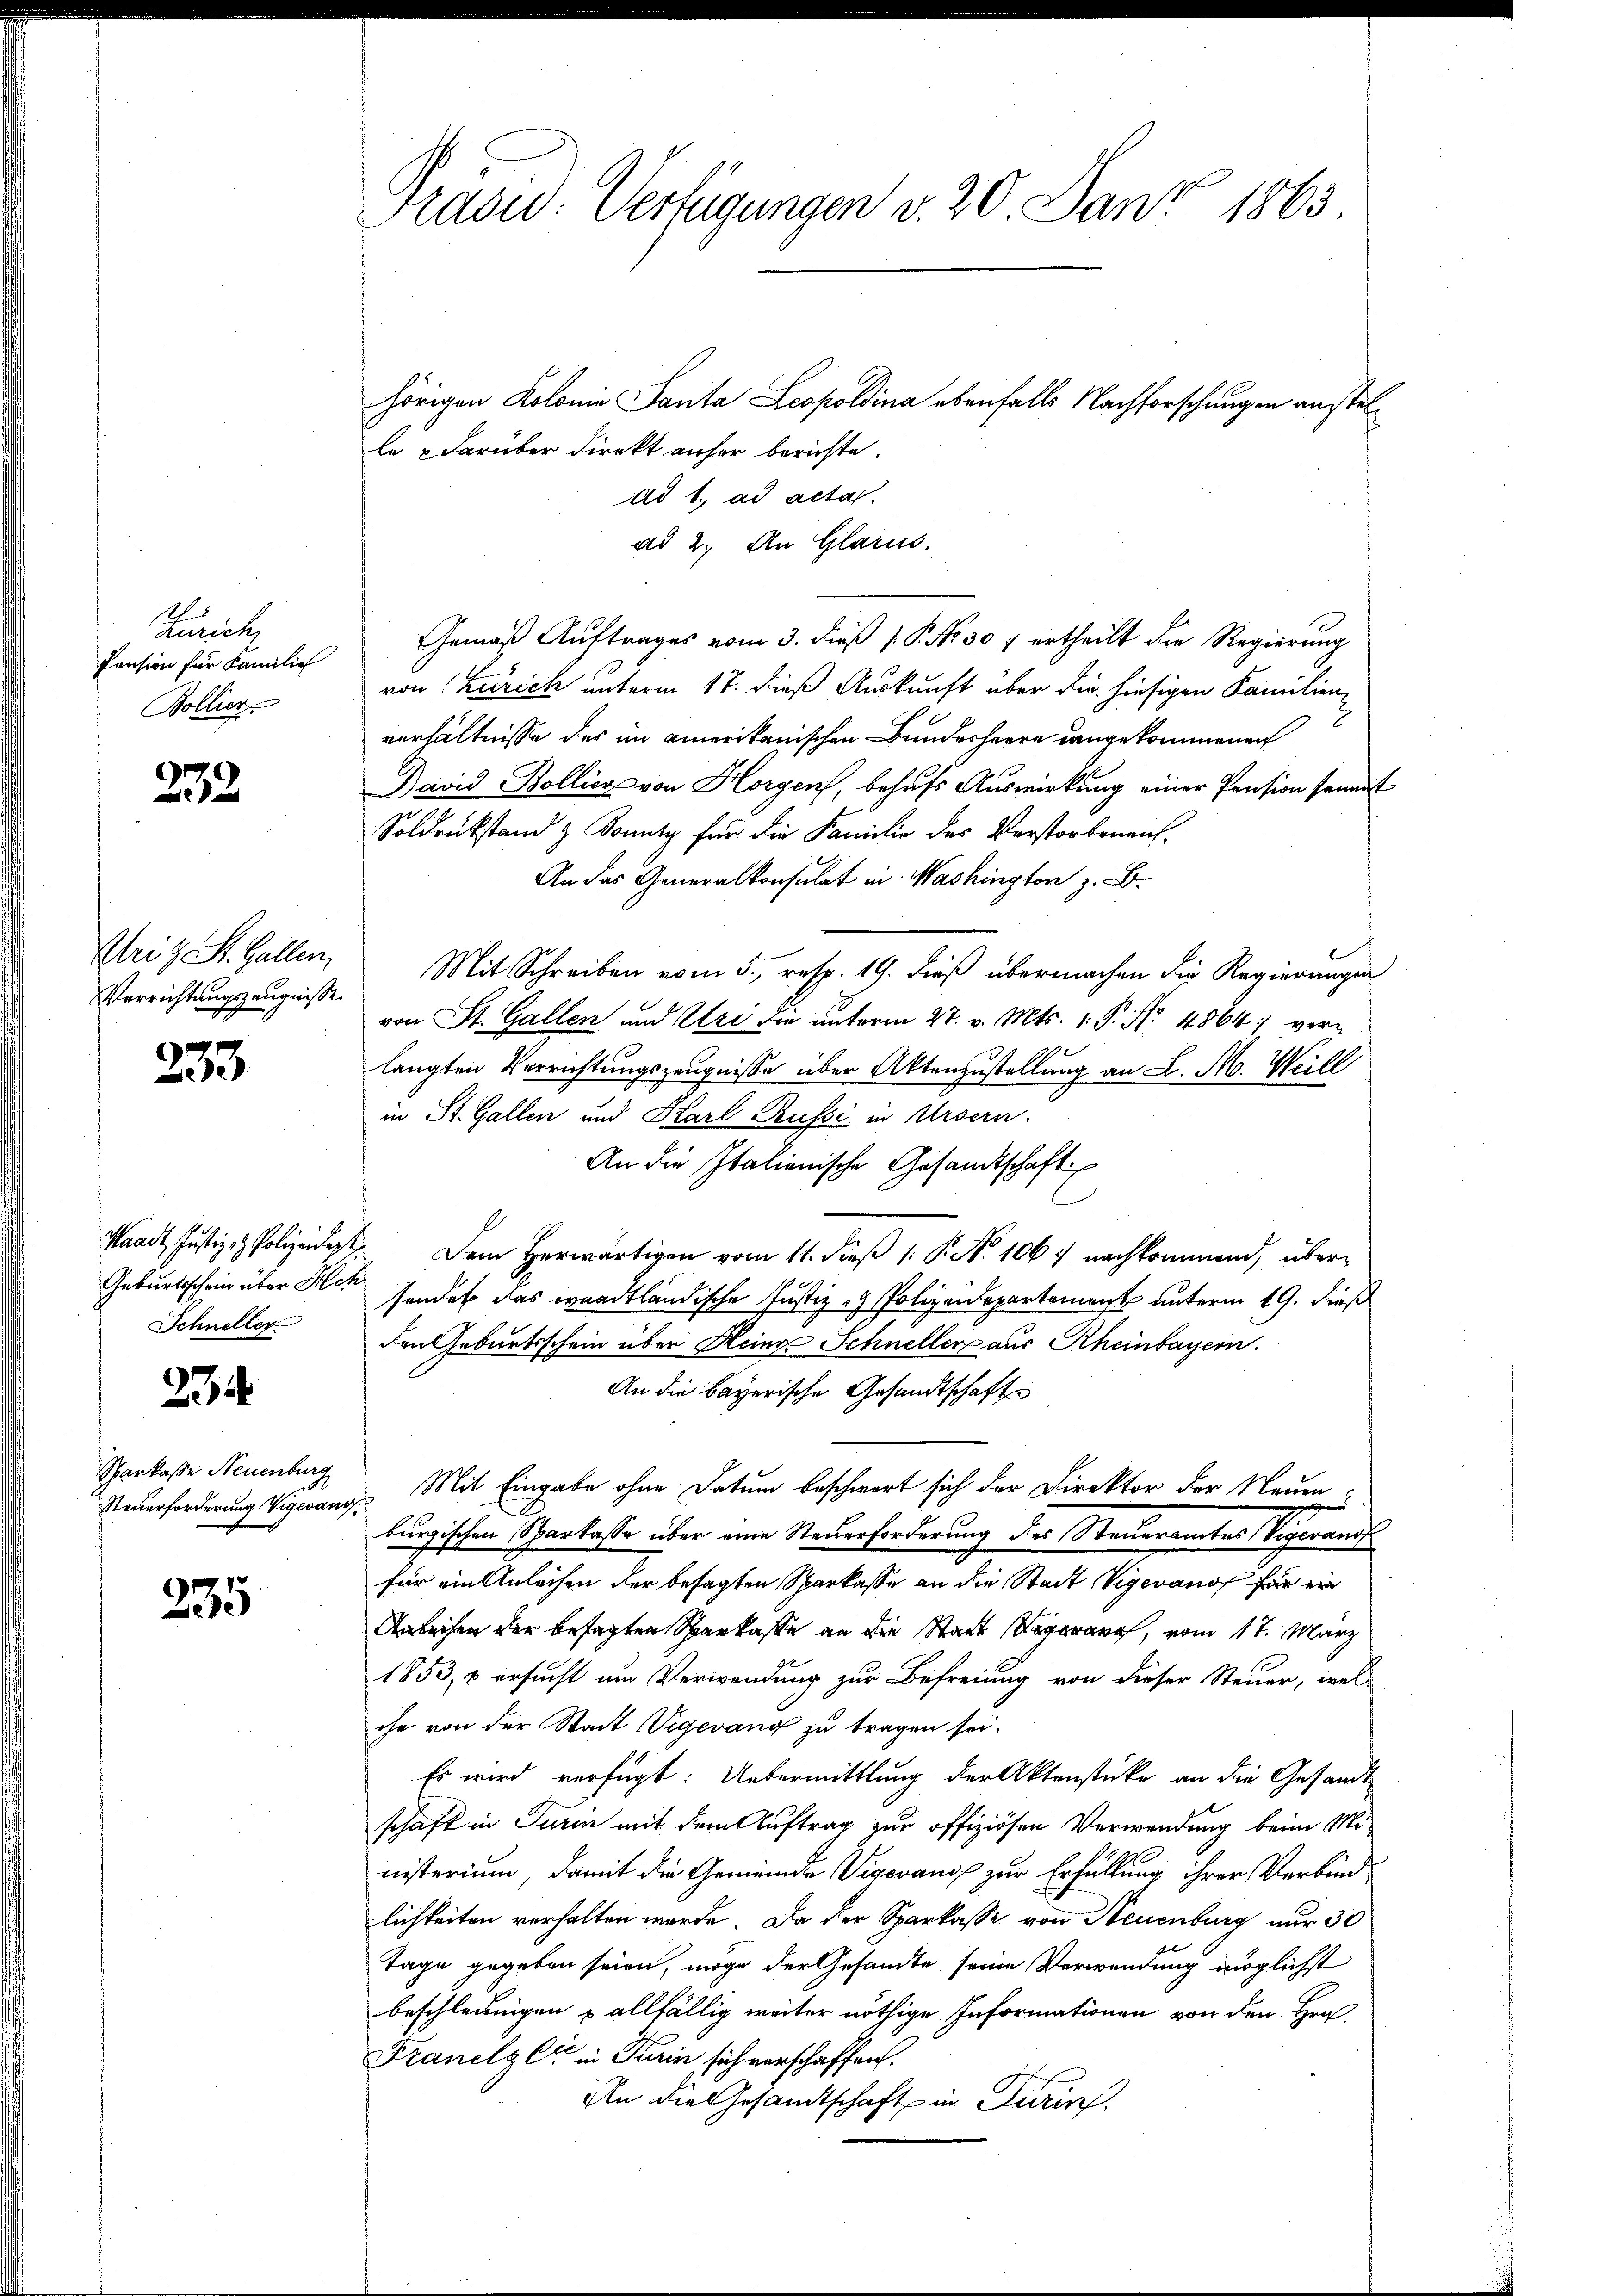
Zürich
Pension für Familie
Bollier

232

Uri z. St. Gallen,
Verrichtungszeugnisse.

233

Schneller

23

Sparkasse Neuenburg
Steuerforderung Vigevang.

235

Präsid. Verfügungen v. 20. Janz 1863.

hörigen Kolonie Santa Leopoldina ebenfalls Nachforschungen anstelle & darüber Direkt anher berichte.
dd 1. ad acta
ad 2. An Glarus.
Gemäß Auftrages vom 3. dieß P. No. 307 ertheilt die Regierung
von Zürich unterm 17. dieß Auskunft aber die hiesigen Familien
verhältnisse des im amerikanischen Bundesharre dangekommenen
David Bollier von Horgen, behufs Auswirkung einer Pension senmat
Soldrükstand z. Sonntz für die Familie des Verstorbenen¬
An das Generalkonsulat in Washington z. B.
Mit Schreiben vom 5. resp. 19. dieß übermachen die Regierungen
von St. Gallen und Uri die unterm 27. v. Mts. 1. P. No. 4864 verlangten Verrichtungszeugnisse über Aktenzustellung an L. M. Weill
in St. Gallen und Karl Russi in Ursern.
An die Italienische Gesandtschaft
Waadt, Justiz- & Polizeidigt. Dem Herwärtigen vom 11. dieß 1: P. Nr. 1067 nachkommend, über¬
Geburtsschein über Mit sendet das waadtländische Justiz - Polizeidepartement unterm 19. dieß
den Geburtsschein über Heine Schneller aus Rheinbayern.
An die Bayerische Gesandtschaft
Mit Eingabe ohne Datum beschwert sich der Direktor der Neuen-
burgischen Sparkasse über eine Steuerforderung des Steueramtes Vigevang
für ein Anleihen der besagten Sparkasse an die Stadt Vigevanof für ein
Anleihen der besagten Sparkasse an die Stadt an, vom 17. März
1853, & ersucht um Verwendung zur Befreiung von dieser Steuer, wel-
che von der Stadt Vigevang zu tragen sei.
Es wird verfügt: Uebermittlung der Aktenstücke an die Gesandt
schaft in Turin mit dem Auftrag zur offiziösen Verwendung beim Mi-
nisterium, damit die Gemeinde Vigevange zur Erfüllung ihrer Verbindlichkeiten verhalten wurde. Da der Sparkasse von Neuenburg nur 30
Tage gegeben seien, möge der Gesandte seine Verwendung möglichst
beschleunigen & allfällig weiter nöthige Informationen von den Hrn.
Franelzli in Turin sich verschaffen.
An die Gesandtschaft in Turin